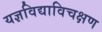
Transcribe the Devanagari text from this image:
यज्ञविद्याविचक्षण